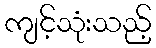
ကျင့်သုံးသည့်